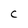
Character: C